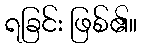
ရခြင်း ဖြစ်၏။